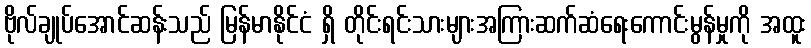
ဗိုလ်ချုပ်အောင်ဆန်းသည် မြန်မာနိုင်ငံ ရှိ တိုင်းရင်းသားများအကြားဆက်ဆံရေးကောင်းမွန်မှုကို အထူး